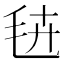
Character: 𭯔